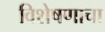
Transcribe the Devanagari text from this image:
विशेषणाचा